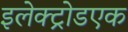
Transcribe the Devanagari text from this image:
इलेक्ट्रोडएक